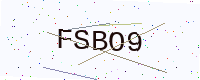
Text: FSBO9